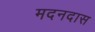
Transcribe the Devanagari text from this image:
मदनदास